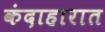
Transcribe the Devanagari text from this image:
कंदाहारात